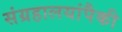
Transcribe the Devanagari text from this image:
संग्रहालयांपैकी